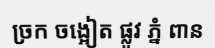
ច្រក ចង្អៀត ផ្លូវ ភ្នំ ពាន